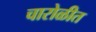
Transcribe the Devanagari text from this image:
चारोळीत